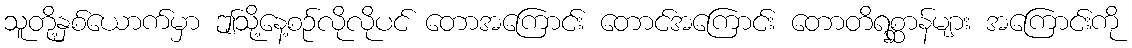
သူတို့နှစ်ယောက်မှာ ဤသို့နေ့စဉ်လိုလိုပင် တောအကြောင်း တောင်အကြောင်း တောတိရစ္ဆာန်များ အကြောင်းကို